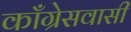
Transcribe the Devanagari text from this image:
काँग्रेसवासी